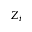
Z _ { i }